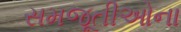
સમજૂતીઓના